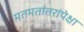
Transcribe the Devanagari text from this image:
मतमतांतरांपेक्षा